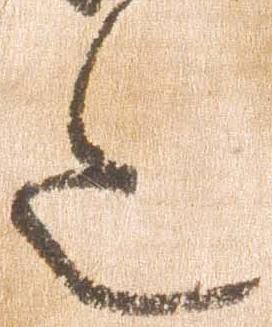
令